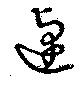
逴